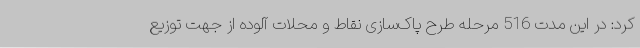
کرد: در این مدت 516 مرحله طرح پاک‌سازی نقاط و محلات آلوده از جهت توزیع